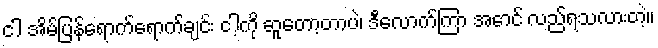
ငါ အိမ်ပြန်ရောက်ရောက်ချင်း ငါ့ကို ဆူတော့တာပဲ၊ ဒီလောက်ကြာ အောင် လည်ရသလားတဲ့။